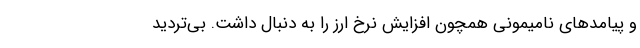
و پیامدهای نامیمونی همچون افزایش نرخ ارز را به دنبال داشت. بی‌تردید